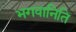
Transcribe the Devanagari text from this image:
भगवानिति